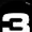
Digit: 3